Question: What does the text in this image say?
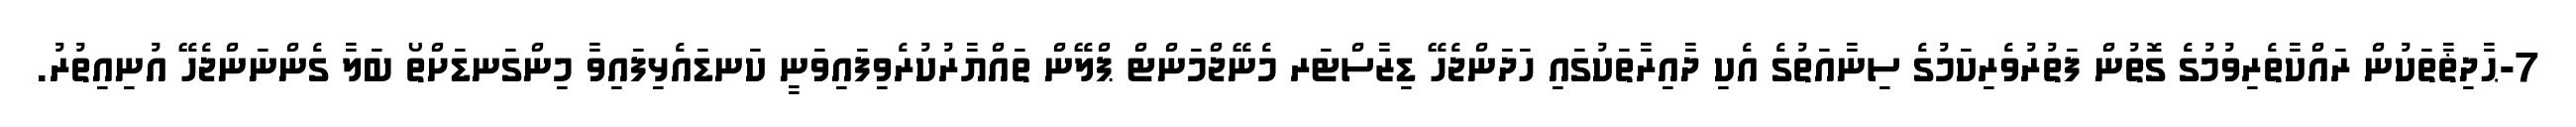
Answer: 7-ޙާދިޡާތަކުން ރައްކާތެރިވުމުގެ ގޮތުން ފަތުރުވެރިކަމުގެ ސިނާއަތުގެ އެކި ދާއިރާތަކުގައި ހަދަންޖެހޭ ޑިޒާސްޓަރ މެނޭޖްމަންޓް ޕްލޭން ތައްޔާރުކުރެވިފައިވަނީ ކަނޑައެޅިފައިވާ މިންގަނޑަށްތޯ ބަލާ ގެންނަންޖެހޭ އުނިއިތުރު.